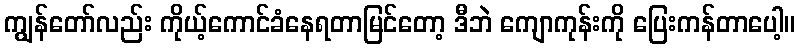
ကျွန်တော်လည်း ကိုယ့်ကောင်ခံနေရတာမြင်တော့ ဒီဘဲ ကျောကုန်းကို ပြေးကန်တာပေါ့။